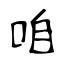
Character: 咱